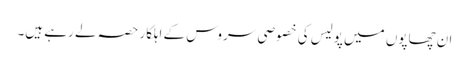
ان چھاپوں میں پولیس کی خصوصی سروس کے اہلکار حصہ لے رہے ہیں۔